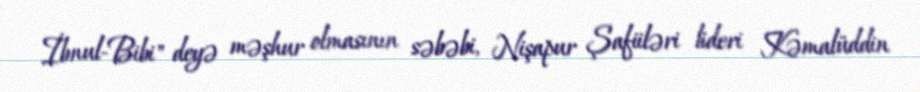
İbnul-Bibi" deyə məşhur olmasının səbəbi, Nişapur Şafiiləri lideri Kəmalüddin